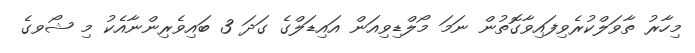
މިހާރު ތާވަލްކުރެވިފައިވާގޮތުން ނަމަ މޯލްޑިވިއަން އައިޑަލްގެ ގަދަ 3 ބައިވެރިންނާއެކު މި ޝޯވގެ